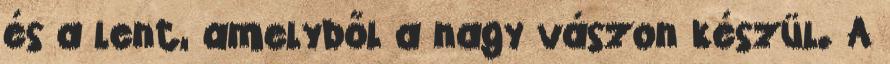
és a lent, amelyből a nagy vászon készül. A